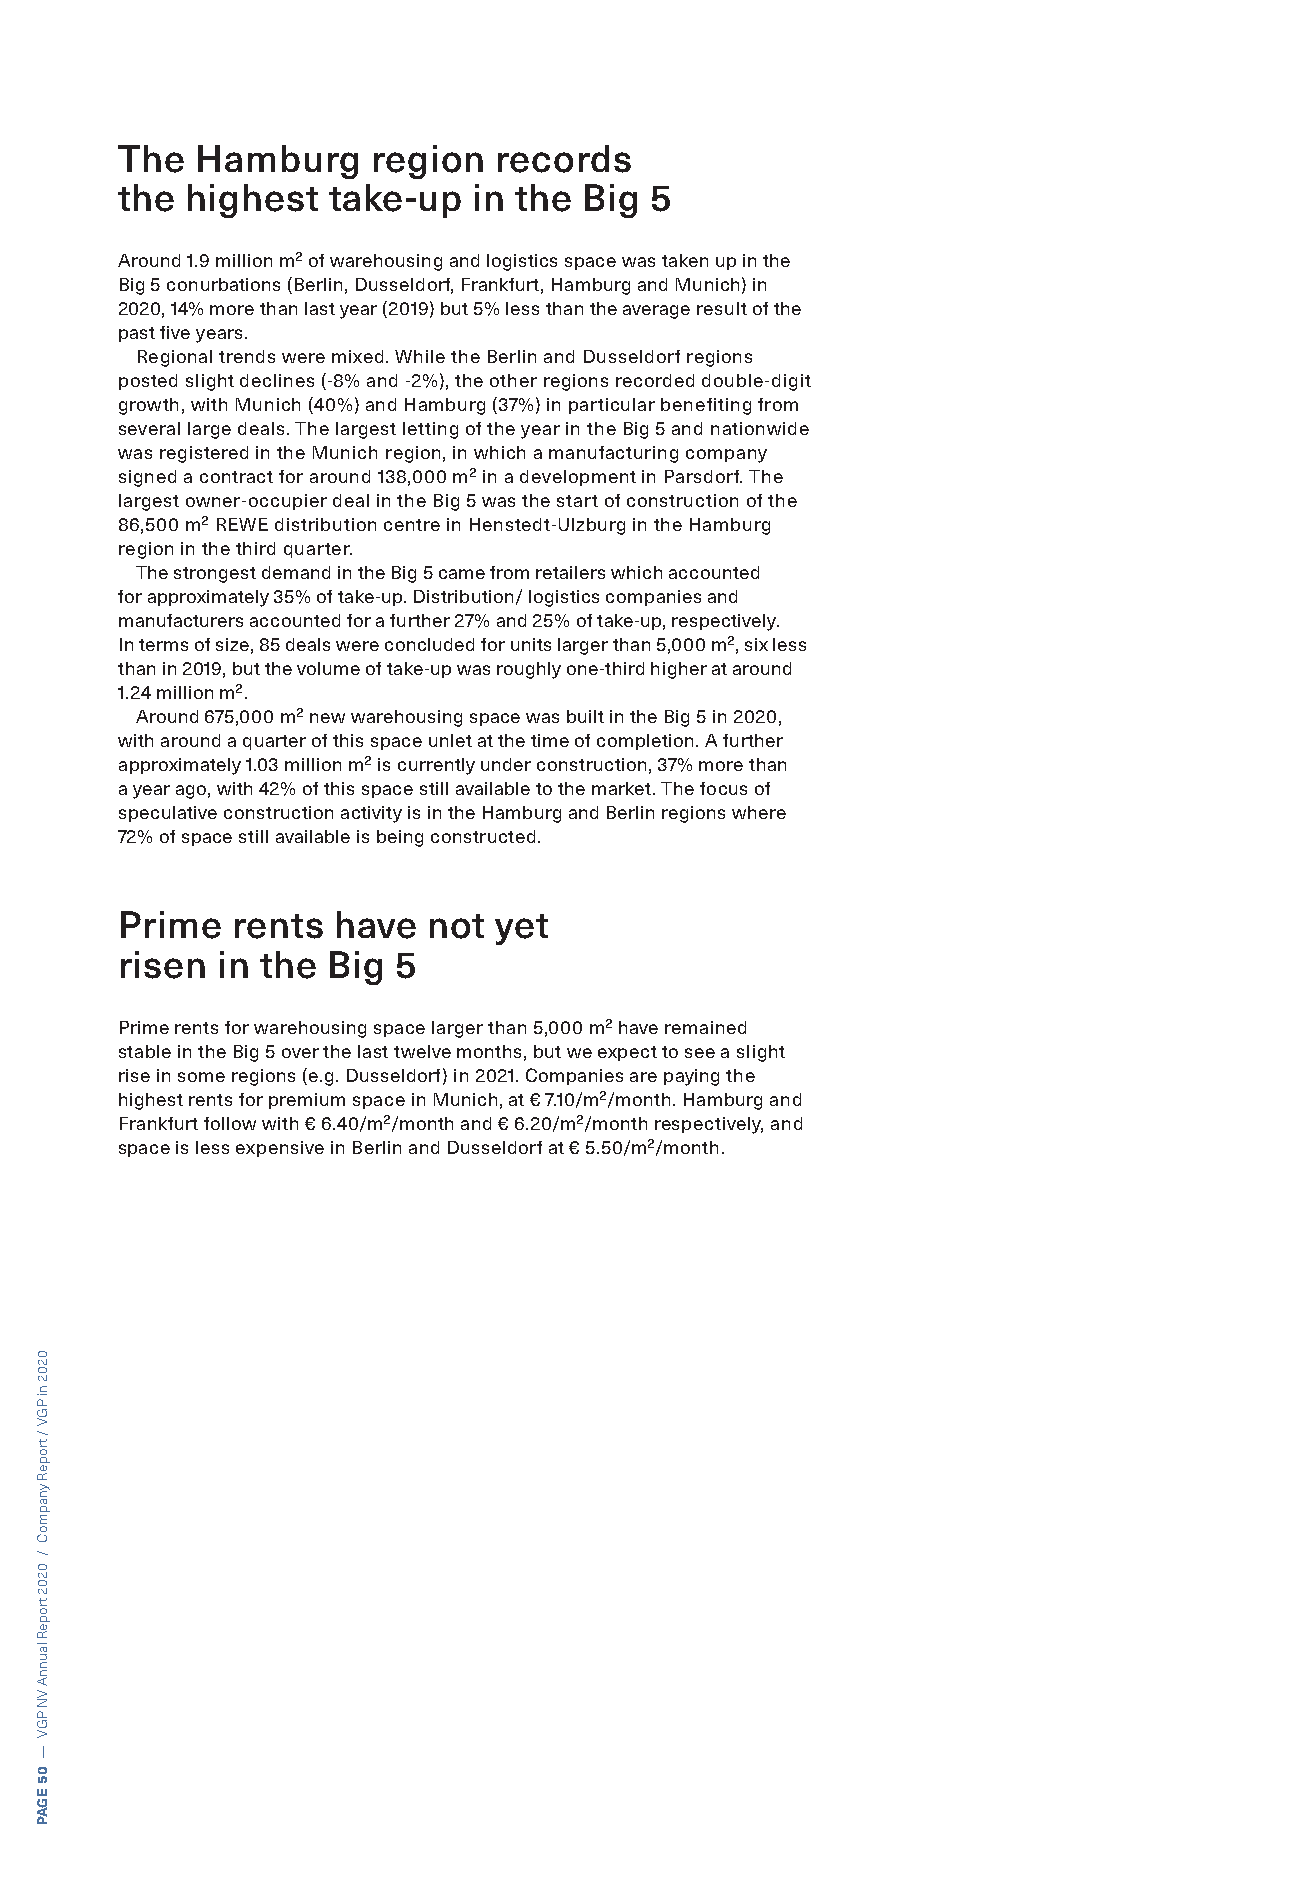
The  Hamburg     region  records
 the highest   take-up  in the  Big 5
 Around 1.9 million m² of warehousing and logistics space was taken up in the
 Big 5 conurbations (Berlin, Dusseldorf, Frankfurt, Hamburg and Munich) in
 2020, 14% more than last year (2019) but 5% less than the average result of the
 past five years.
 Regional trends were mixed. While the Berlin and Dusseldorf regions
 posted slight declines (-8% and -2%), the other regions recorded double-digit
 growth, with Munich (40%) and Hamburg (37%) in particular benefiting from
 several large deals. The largest letting of the year in the Big 5 and nationwide
 was registered in the Munich region, in which a manufacturing company
 signed a contract for around 138,000 m² in a development in Parsdorf. The
 largest owner-occupier deal in the Big 5 was the start of construction of the
 86,500 m² REWE distribution centre in Henstedt-Ulzburg in the Hamburg
 region in the third quarter.
 The strongest demand in the Big 5 came from retailers which accounted
 for approximately 35% of take-up. Distribution/ logistics companies and
 manufacturers accounted for a further 27% and 25% of take-up, respectively.
 In terms of size, 85 deals were concluded for units larger than 5,000 m², six less
 than in 2019, but the volume of take-up was roughly one-third higher at around
 1.24 million m².
 Around 675,000 m² new warehousing space was built in the Big 5 in 2020,
 with around a quarter of this space unlet at the time of completion. A further
 approximately 1.03 million m² is currently under construction, 37% more than
 a year ago, with 42% of this space still available to the market. The focus of
 speculative construction activity is in the Hamburg and Berlin regions where
 72% of space still available is being constructed.
 Prime  rents  have  not  yet
 risen in the  Big 5
 Prime rents for warehousing space larger than 5,000 m² have remained
 stable in the Big 5 over the last twelve months, but we expect to see a slight
 rise in some regions (e.g. Dusseldorf) in 2021. Companies are paying the
 highest rents for premium space in Munich, at € 7.10/m²/month. Hamburg and
 Frankfurt follow with € 6.40/m²/month and € 6.20/m²/month respectively, and
 space is less expensive in Berlin and Dusseldorf at € 5.50/m²/month.
 0202
 ni
 PGV
 /
 tropeR
 ynapmoC
 /
 0202
 tropeR
 launnA
 VN
 PGV
 —
 05
 EGAP